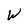
Character: W